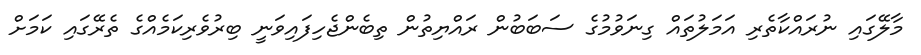
މާލޭގައި ނުރައްކާތެރި އަމަލުތައް ގިނަވުމުގެ ސަބަބުން ރައްޔިތުން ތިބެންޖެހިފައިވަނީ ބިރުވެރިކަމެއްގެ ތެރޭގައި ކަމަށް